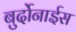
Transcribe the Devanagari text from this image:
बुर्दोनाईस